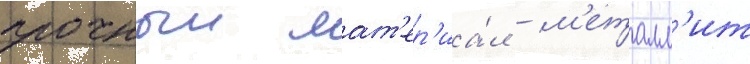
прочныи мат'ер'иа́л - м'еталл'ит